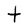
Character: t